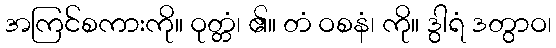
အကြင်စကားကို။ ဝုတ္တံ၊ ၏။ တံ ဝစနံ၊ ကို။ ဒွါရံ ဒတွာဝ၊